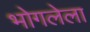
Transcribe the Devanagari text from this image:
भोगलेला